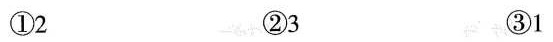
①2 ②3 ③1